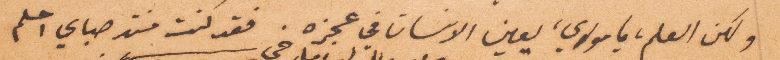
ولكن العلم يا مولاي يعين الانسان في عجزه. فقد كنت في صباي احلم